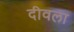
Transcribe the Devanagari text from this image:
दीवला